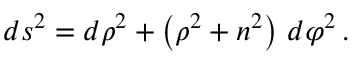
d s ^ { 2 } = d \rho ^ { 2 } + \left( \rho ^ { 2 } + n ^ { 2 } \right) \, d \varphi ^ { 2 } \, .